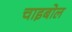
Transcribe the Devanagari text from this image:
चाइबोल